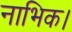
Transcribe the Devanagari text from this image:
नाभिक।